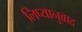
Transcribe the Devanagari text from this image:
लिप्यानुवाद